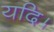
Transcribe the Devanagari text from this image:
यदि।